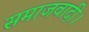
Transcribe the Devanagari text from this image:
समाजवादी।